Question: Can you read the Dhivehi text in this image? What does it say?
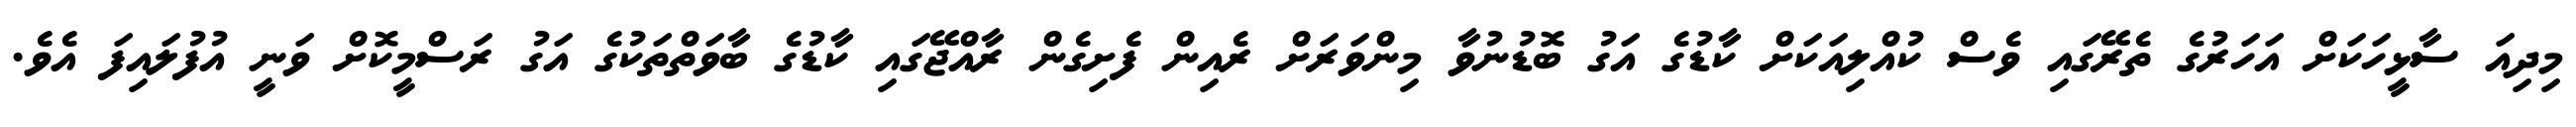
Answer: މިދިއަ ސާޅީހަކަށް އަހަރުގެ ތެރޭގައި ވެސް ކުއްލިއަކަށް ކާޑުގެ އަގު ބޮޑުނުވާ މިންވަރަށް ރެއިން ފެށިގެން ރާއްޖޭގައި ކާޑުގެ ބާވަތްތަކުގެ އަގު ރަސްމީކޮށް ވަނީ އުފުލައިފަ އެވެ.